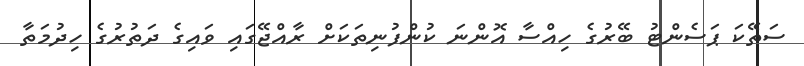
ސަތޭކަ ޕަސެންޓު ބޭރުގެ ހިއްސާ އޮންނަ ކުންފުނިތަކަށް ރާއްޖޭގައި ވައިގެ ދަތުރުގެ ހިދުމަތާ